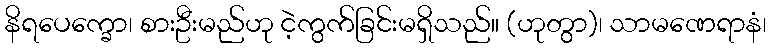
နိရပေက္ခော၊ စားဦးမည်ဟု ငဲ့ကွက်ခြင်းမရှိသည်။ (ဟုတွာ)၊ သာမဏေရာနံ၊